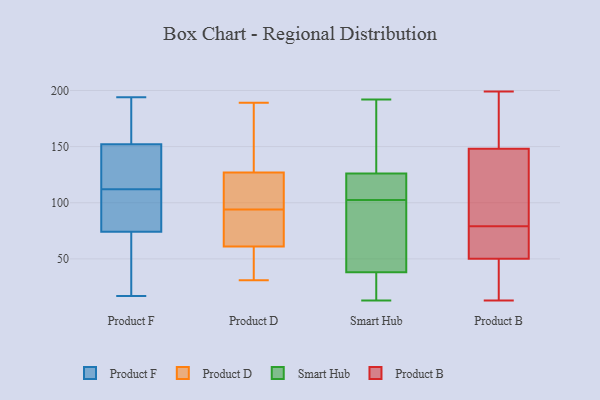
{"axis": {"x": "Revenue (USD Million)", "y": "Value"}, "legend": ["Product B", "Product D", "Product F", "Smart Hub"], "data": [{"x": "", "y": 71, "type": "Product F"}, {"x": "", "y": 112, "type": "Product F"}, {"x": "", "y": 149, "type": "Product F"}, {"x": "", "y": 103, "type": "Product F"}, {"x": "", "y": 66, "type": "Product F"}, {"x": "", "y": 17, "type": "Product F"}, {"x": "", "y": 84, "type": "Product F"}, {"x": "", "y": 69, "type": "Product F"}, {"x": "", "y": 115, "type": "Product F"}, {"x": "", "y": 166, "type": "Product F"}, {"x": "", "y": 194, "type": "Product F"}, {"x": "", "y": 130, "type": "Product F"}, {"x": "", "y": 159, "type": "Product F"}, {"x": "", "y": 111, "type": "Product F"}, {"x": "", "y": 153, "type": "Product F"}, {"x": "", "y": 97, "type": "Product D"}, {"x": "", "y": 109, "type": "Product D"}, {"x": "", "y": 158, "type": "Product D"}, {"x": "", "y": 125, "type": "Product D"}, {"x": "", "y": 101, "type": "Product D"}, {"x": "", "y": 189, "type": "Product D"}, {"x": "", "y": 51, "type": "Product D"}, {"x": "", "y": 91, "type": "Product D"}, {"x": "", "y": 86, "type": "Product D"}, {"x": "", "y": 129, "type": "Product D"}, {"x": "", "y": 46, "type": "Product D"}, {"x": "", "y": 70, "type": "Product D"}, {"x": "", "y": 83, "type": "Product D"}, {"x": "", "y": 31, "type": "Product D"}, {"x": "", "y": 52, "type": "Product D"}, {"x": "", "y": 162, "type": "Product D"}, {"x": "", "y": 64, "type": "Smart Hub"}, {"x": "", "y": 192, "type": "Smart Hub"}, {"x": "", "y": 83, "type": "Smart Hub"}, {"x": "", "y": 15, "type": "Smart Hub"}, {"x": "", "y": 107, "type": "Smart Hub"}, {"x": "", "y": 108, "type": "Smart Hub"}, {"x": "", "y": 125, "type": "Smart Hub"}, {"x": "", "y": 176, "type": "Smart Hub"}, {"x": "", "y": 98, "type": "Smart Hub"}, {"x": "", "y": 126, "type": "Smart Hub"}, {"x": "", "y": 13, "type": "Smart Hub"}, {"x": "", "y": 175, "type": "Smart Hub"}, {"x": "", "y": 16, "type": "Smart Hub"}, {"x": "", "y": 38, "type": "Smart Hub"}, {"x": "", "y": 129, "type": "Product B"}, {"x": "", "y": 115, "type": "Product B"}, {"x": "", "y": 13, "type": "Product B"}, {"x": "", "y": 85, "type": "Product B"}, {"x": "", "y": 148, "type": "Product B"}, {"x": "", "y": 50, "type": "Product B"}, {"x": "", "y": 30, "type": "Product B"}, {"x": "", "y": 73, "type": "Product B"}, {"x": "", "y": 55, "type": "Product B"}, {"x": "", "y": 199, "type": "Product B"}, {"x": "", "y": 60, "type": "Product B"}, {"x": "", "y": 171, "type": "Product B"}, {"x": "", "y": 153, "type": "Product B"}, {"x": "", "y": 20, "type": "Product B"}]}